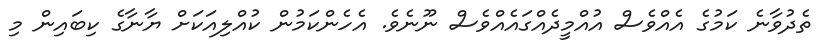
ތެދުވާނެ ކަމުގެ އެއްވެސް އުއްމީދެއްގައެއްވެސް ނޫނެވެ. އެހެންކަމުން ކުއްލިއަކަށް ޔާނާގެ ކިބައިން މި